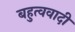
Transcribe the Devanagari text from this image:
बहुत्ववादी